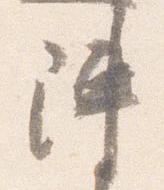
陣